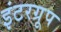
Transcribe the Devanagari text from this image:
इंटरग्रूप